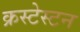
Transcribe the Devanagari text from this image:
क्रस्टेस्टन